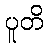
ပူတိ